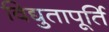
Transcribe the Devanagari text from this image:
विद्युतापूर्ति